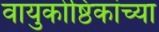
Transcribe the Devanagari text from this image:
वायुकोष्ठिकांच्या